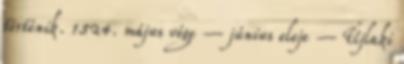
történik. 1524. május vége – június eleje – Újlaki